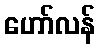
ဟော်လန်